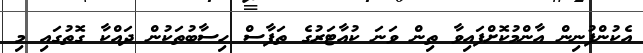
އެކުންފުނިން އާންމުކޮށްފައިވާ ތިން ވަނަ ކުއާޓަރުގެ ތަފާސް ހިސާބުތަކުން ދައްކާ ގޮތުގައި މި